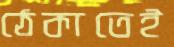
ঠেকাতেই